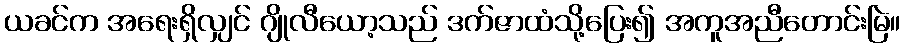
ယခင်က အရေးရှိလျှင် ဂျိုလီယော့သည် ဒက်ဇာထံသို့ပြေး၍ အကူအညီတောင်းမြဲ။